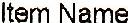
ITEM NAME